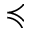
\preccurlyeq